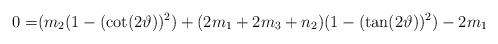
LaTeX: \begin{align*} 0=&(m_{2} (1-(\cot (2\vartheta) )^{2})+(2m_{1}+2m_{3}+n_{2})(1-(\tan (2\vartheta) )^{2}) -2m_{1}\end{align*}